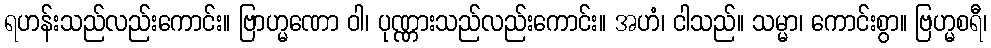
ရဟန်းသည်လည်းကောင်း။ ဗြာဟ္မဏော ဝါ၊ ပုဏ္ဏားသည်လည်းကောင်း။ အဟံ၊ ငါသည်။ သမ္မာ၊ ကောင်းစွာ။ ဗြဟ္မစရီ၊